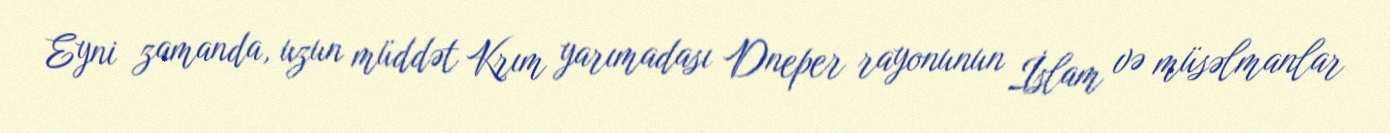
Eyni zamanda, uzun müddət Krım yarımadası Dneper rayonunun İslam və müsəlmanlar